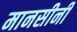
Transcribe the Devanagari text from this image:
मानसीनी